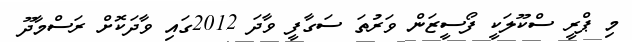
މި ޕްރީ ސްކޫލަކީ ފޯސީޒަން ވަރުތަ ސަގާފީ ވާދަ 2012ގައި ވާދަކޮށް ރަސްމާދޫ